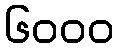
၆၀၀၀